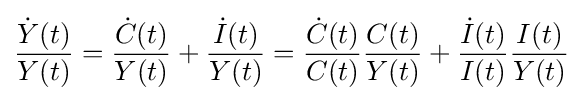
{\frac {{\dot {Y}}(t)}{Y(t)}}={\frac {{\dot {C}}(t)}{Y(t)}}+{\frac {{\dot {I}}(t)}{Y(t)}}={\frac {{\dot {C}}(t)}{C(t)}}{\frac {C(t)}{Y(t)}}+{\frac {{\dot {I}}(t)}{I(t)}}{\frac {I(t)}{Y(t)}}